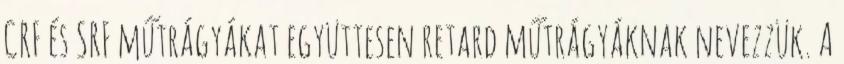
CRF és SRF műtrágyákat együttesen retard műtrágyáknak nevezzük. A